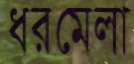
ধরমেলা